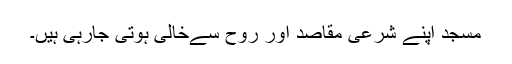
مسجد اپنے شرعی مقاصد اور روح سےخالی ہوتی جارہی ہیں۔